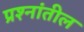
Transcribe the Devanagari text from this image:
प्रश्नांतील